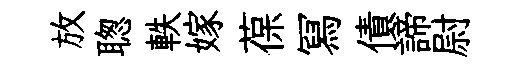
放聦軼嫁葆冩債諦尉